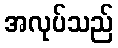
အလုပ်သည်